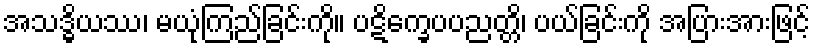
အသဒ္ဓိယဿ၊ မယုံကြည်ခြင်းကို။ ပဋိက္ခေပပညတ္တိ၊ ပယ်ခြင်းကို အပြားအားဖြင့်